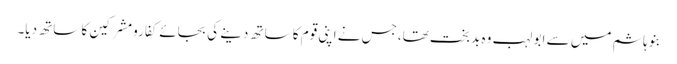
بنوہاشم میں سے ابو لہب وہ بدبخت تھا،جس نے اپنی قوم کا ساتھ دینے کی بجائے کفارومشرکین کا ساتھ دیا۔